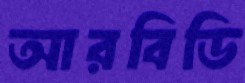
আরবিডি